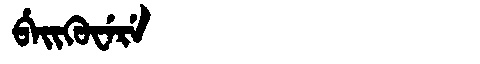
Manchu: ᠪᡝᡳᡴᡠᠸᡝᡵᡝ
Romanization: BEIKUWERE